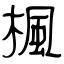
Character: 楓